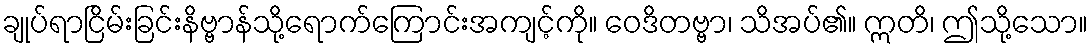
ချုပ်ရာငြိမ်းခြင်းနိဗ္ဗာန်သို့ရောက်ကြောင်းအကျင့်ကို။ ဝေဒိတဗ္ဗာ၊ သိအပ်၏။ ဣတိ၊ ဤသို့သော။